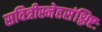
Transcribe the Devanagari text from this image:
सवित्रीस्नेहसंश्लिष्टः